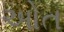
ઓત